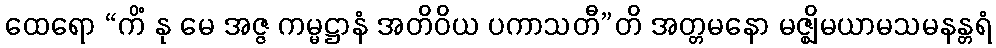
ထေရော “ကိံ နု မေ အဇ္ဇ ကမ္မဋ္ဌာနံ အတိဝိယ ပကာသတီ”တိ အတ္တမနော မဇ္ဈိမယာမသမနန္တရံ